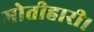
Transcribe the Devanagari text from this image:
मोतीहारी।